Loodushoiu_ja_Turismi_Instituut, lk 222
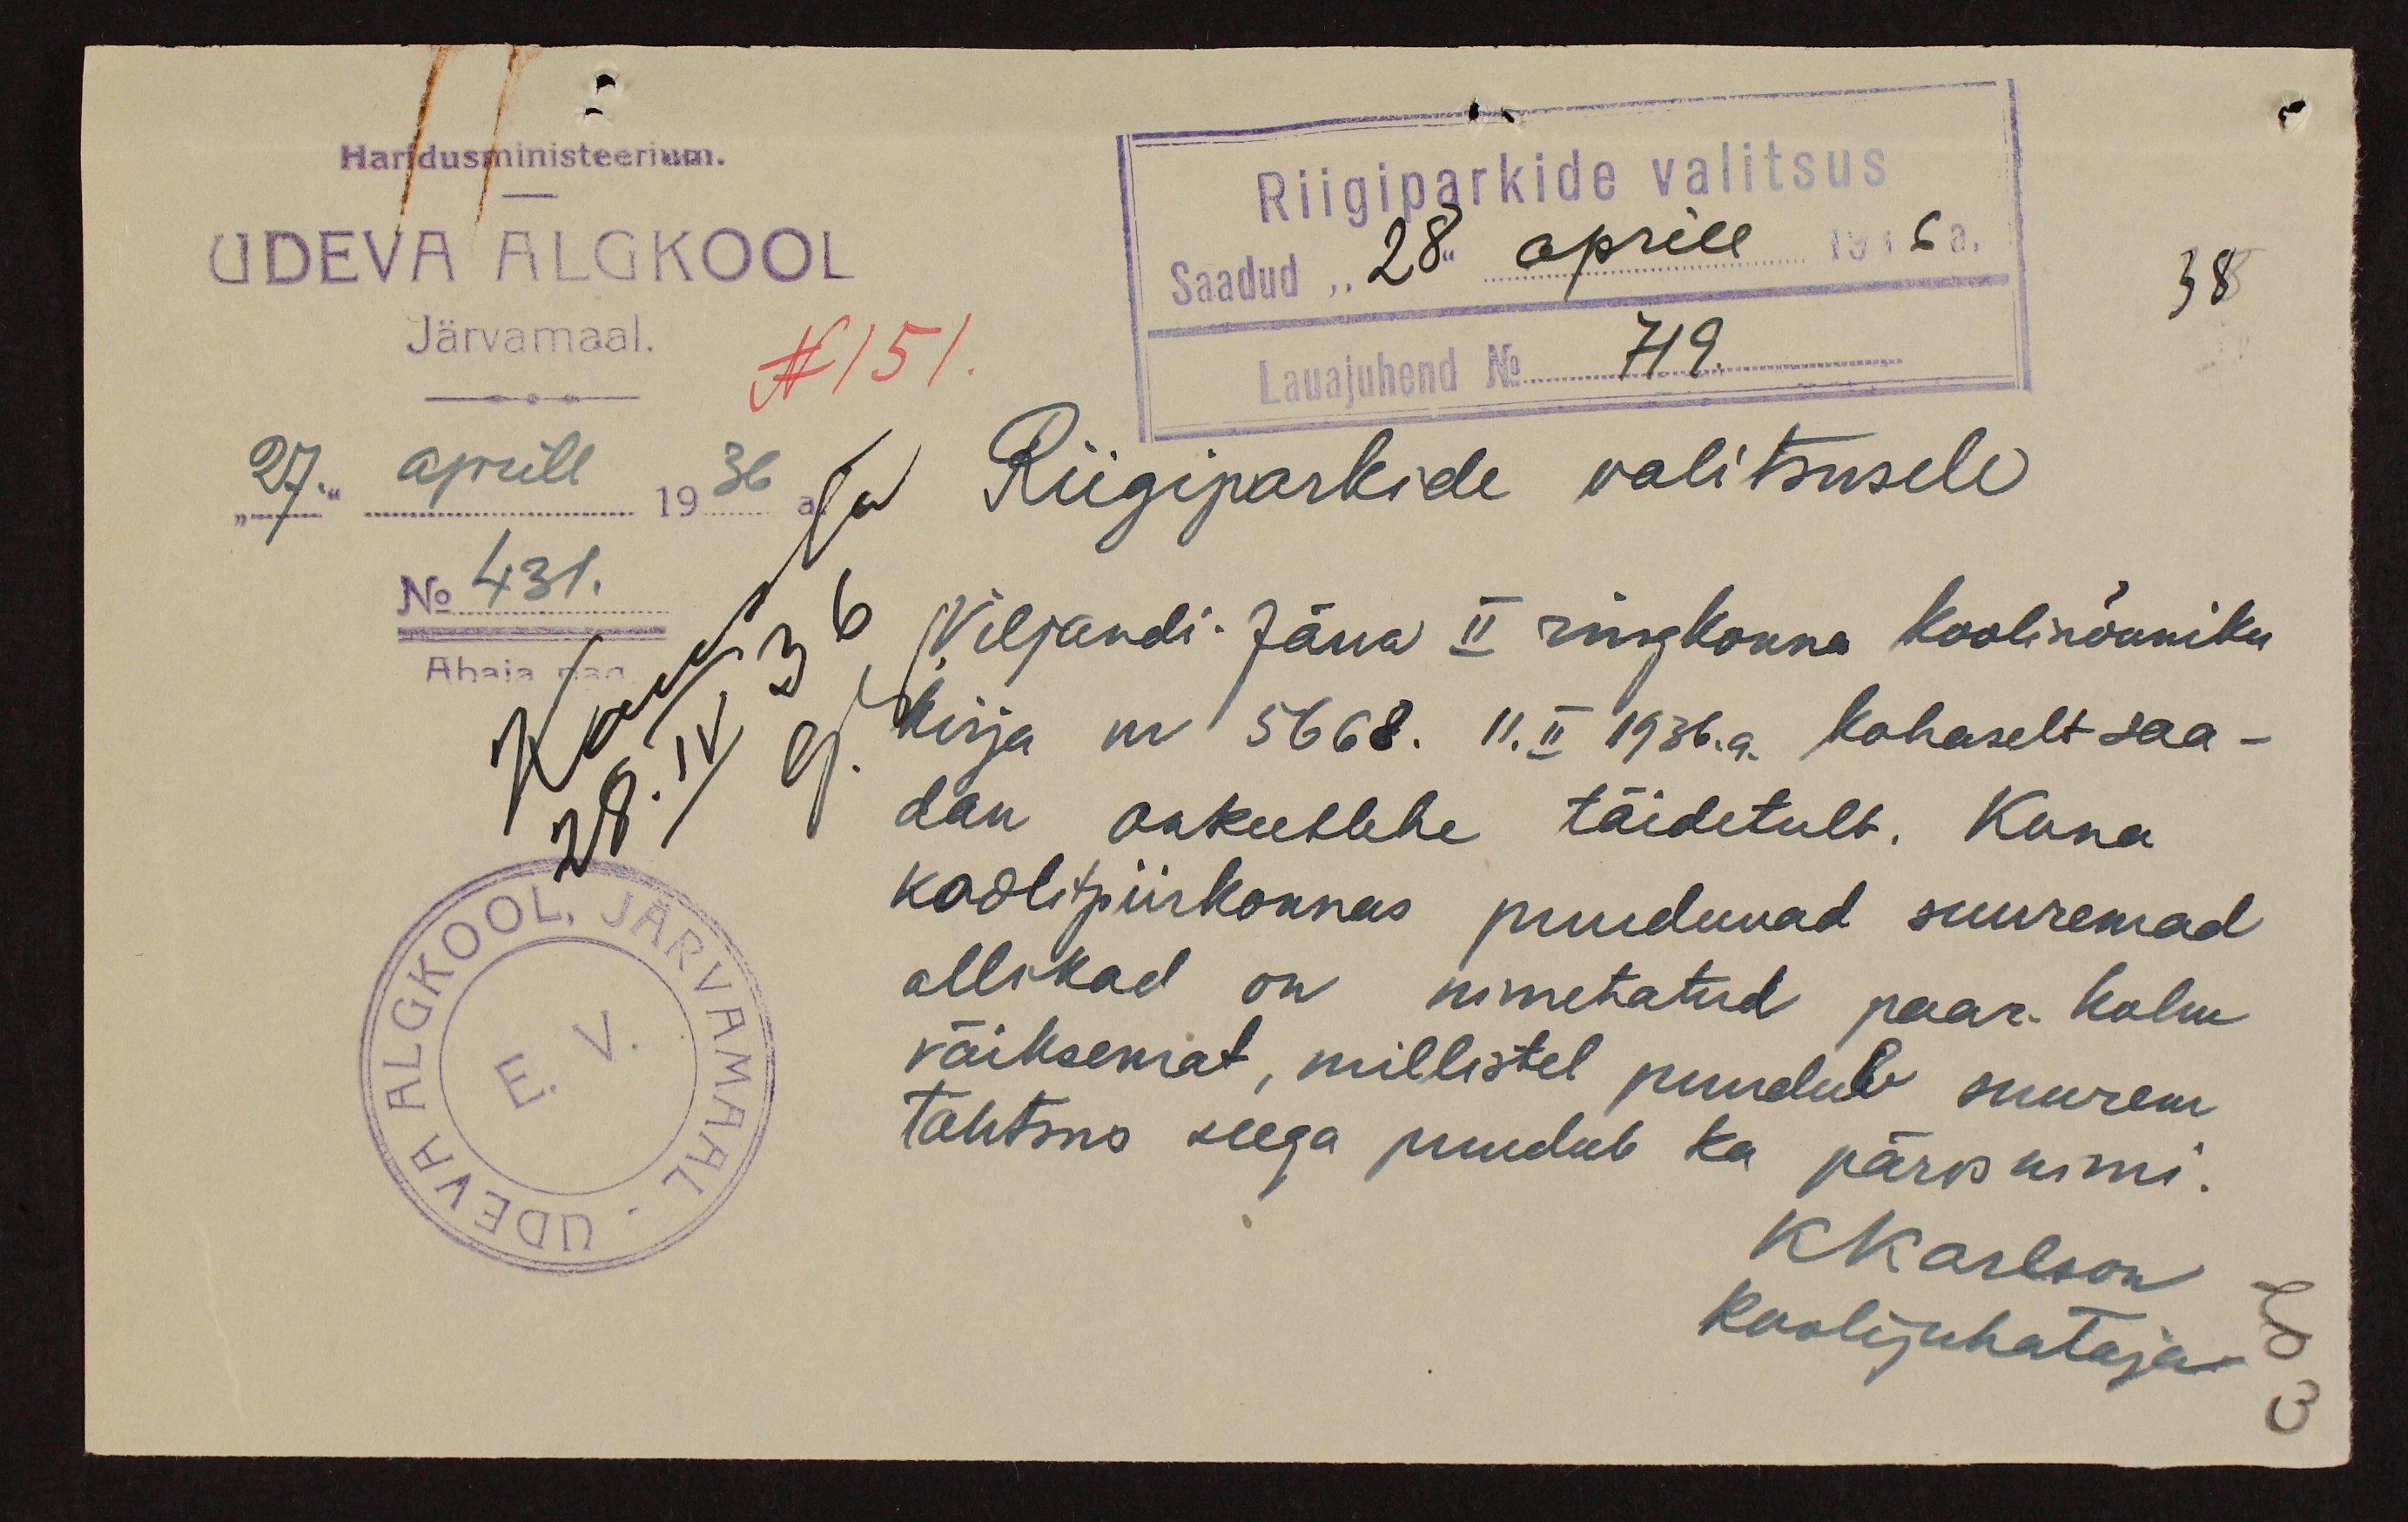
Haridusministeerium.
Riigiparkide valitsus
UDEVA ALGKOOL
Saadud "28" aprill 1936 a.
38
Järvamaal.
N 51.
Lauajuhend No 719
27. aprill 1936
Riigiparkide valitsusele
No 431.
Viljandi-Järva II ringkonna koolinõuniku
Abaja
kirja nr 5668. 11. II 1936. a. kohaselt saa-
dan ankeetlehe täidetult. Kuna
kooli piirkonnas puuduvad suuremad
allikad on nimetatud paar-kolm
E.V.
väiksemat, millistel puudub suurem
tähtsus seega puudub ka pärisnimi.
KKarlson
koolijuhataja